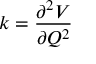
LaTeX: k = { \frac { \partial ^ { 2 } V } { \partial Q ^ { 2 } } }